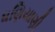
ધણિયાણી